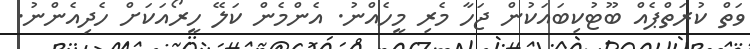
ވަތް ކުރަތްޕެއް ބޫޓުކިބައަކުން ޖަހާ މެރި މީހެއްނު. އެންމެން ކަލޭ ހީރޯއަކަށް ހެދިއެންނު.